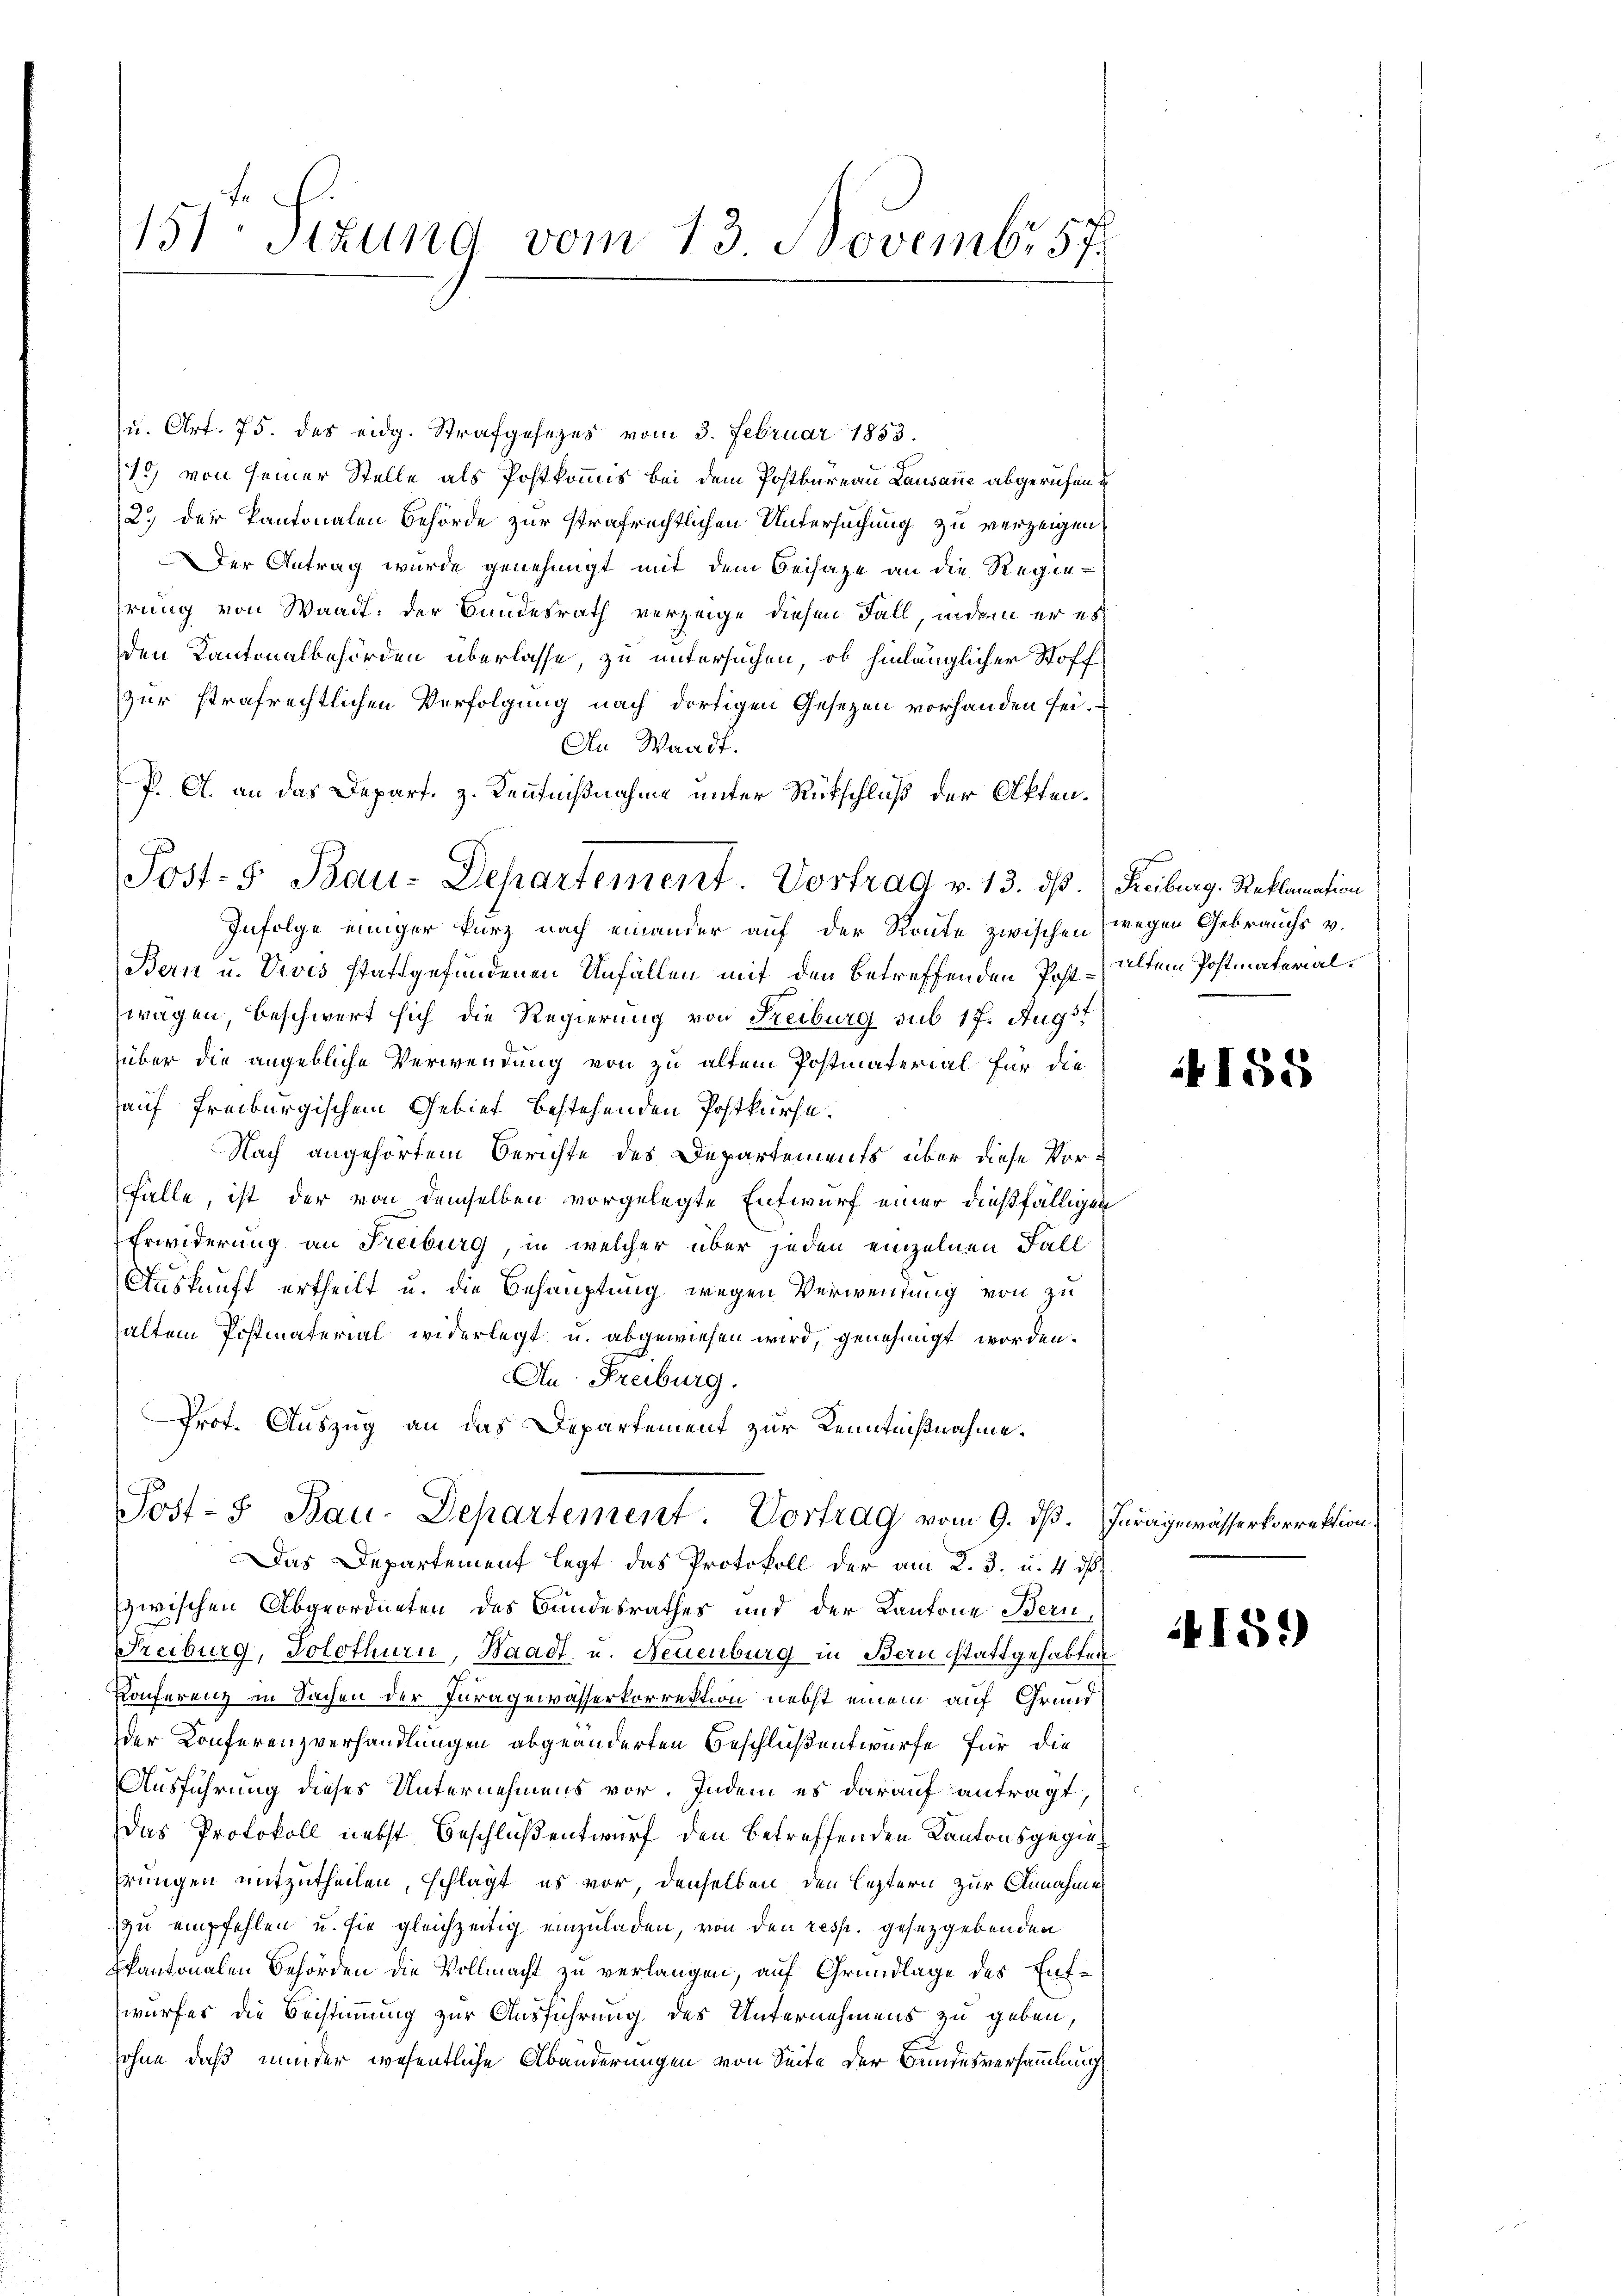
151. Sizung vom 13. Novembr 57.

u. Art. 75. des eidg. Strafgesezes vom 3. Februar 1853.
15) von seiner Stelle als Postkommis bei dem Postbureau Lausanne abgerufene
2.) der Kantonalen Behörde zur strafrechtlichen Untersuchung zu verzeigen,
Der Antrag wurde genehmigt mit dem Beisaze an die Regierung von Waadt, der Bundesrath verzeige diesen Fall, indem er es
den Kantonalbehörden überlasse, zu untersuchen, ob hinlänglicher Stoff
zur strafrechtlichen Verfolgung nach dortigen Gesezen vorhanden sei.
An Waadt.
P. A. an das Depart, z. Kenntnißnahme unter Rückschluß der Akten¬
Infolge einiger kurz nach einander auf der Route zwischen (wegen Gebrauchs v.
Bern u. Vivis stattgefundenen Unfällen mit den betreffenden Post- altem Postmaterialwagen, beschwert sich die Regierung von Freiburg sub 17. Augst
über die angebliche Verwendung von zu altem Postmaterial für die
auf freiburgischem Gebiet bestehenden Postkurse.
Nach angehörtem Berichte des Departements über diese Vor¬
Fälle, ist der von demselben vorgelegte Entwurf einer dießfälligen
Erwiderung an Freiburg, in welcher über jeden einzelnen Fall
Auskunft ertheilt u. die Behauptung wegen Verwendung von zu
halten Postmaterial widerlegt u. abgewiesen wird, genehmigt worden.
An Freiburg.
Prot. Auszug an das Departement zur Kenntnißnahme.
Post- & Bau-Departement. Vortrag vom 9. dß. Iuragewässerkorrektion,
Das Departement legt das Protokoll der am 2. 3. u. 4 d
zwischen Abgeordneten des Bundesrathes und der Kantone Bern,
Freiburg, Solothurn, Waadt u. Neuenburg in Bern stattgehabten
Konferenz in Sachen der Turagewässerkorrektion nebst einem auf Grundder Konferenzverhandlungen abgeänderten Beschlußentwurfe für die
Ausführung dieses Unternehmens vor. Indem es darauf antragt
das Protokoll nebst Beschluß entwurf den betreffenden Kantonsgeginprungen mitzutheilen, schlägt es vor, denselben den leztern zur Annahme
zu empfehlen u. sie gleichzeitig einzuladen, von den resp. gesetzgebenden
kantonalen Behörden die Vollmacht zu verlangen, auf Grundlage des Entwurfes die Beistimmung zur Ausführung des Unternehmens zu geben,
sohne daß minder wesentliche Abänderungen von Seite der Bundesversammlung

Post-5 Bau-Departement. Vortrag v. 13. ds. Reiburg, Reklamation

158

159)